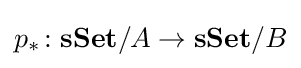
p_{*}\colon \mathbf {sSet} /A\rightarrow \mathbf {sSet} /B